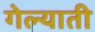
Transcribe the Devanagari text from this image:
गेल्याती